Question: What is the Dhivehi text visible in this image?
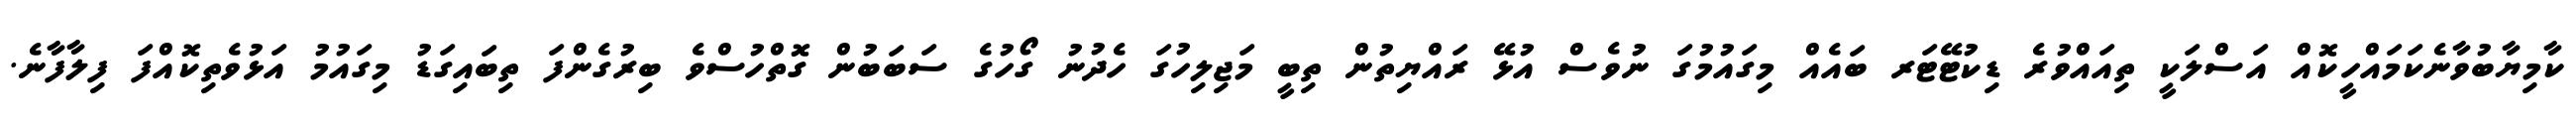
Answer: ކާމިޔާބުވާނެކަމައްހީކޮއް އަސްލަކީ ތިއައްވުރެ ޑިކުޓޭޓަރ ބައެއް މިގައުމުގަ ނުވެސް އުޅޭ ރައްޔިތުން ތިބީ މަޖިލިހުގަ ހެދުނު ގޯހުގެ ސަބަބުން ގޮތްހުސްވެ ބިރުގެންފަ ތިބައިގަޑު މިގައުމު އަޅުވެތިކޮއްފަ ފިލާފާނެ.